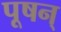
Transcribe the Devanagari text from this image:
पूषन्